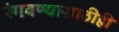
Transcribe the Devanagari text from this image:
रंगवण्यासाठीही